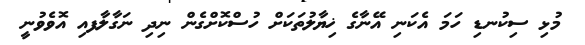
މުޅި ސިކުނޑި ހަމަ އެކަނި އޭނާގެ ޚިޔާލުތަކަށް ހުސްކޮށްގެން ނިދި ނަގާލާފއި އޮވެވުނީ